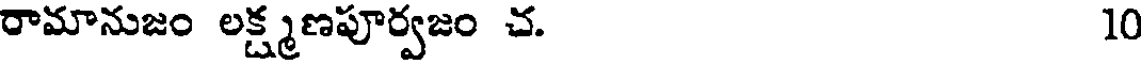
రామానుజం లక్ష్మణపూర్వజం చ. 10